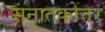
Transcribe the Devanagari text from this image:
सनातकोत्तर